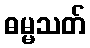
ဓမ္မသတ်